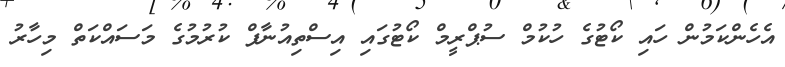
އެހެންކަމުން ހައި ކޯޓުގެ ހުކުމް ސުޕްރީމް ކޯޓުގައި އިސްތިއުނާފް ކުރުމުގެ މަސައްކަތް މިހާރު